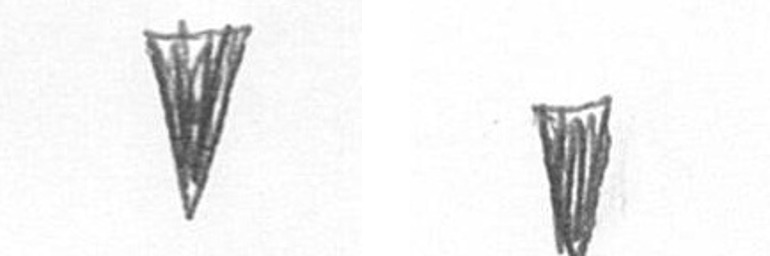
J J